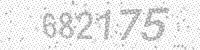
Solution: 682175